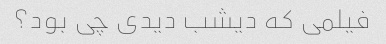
فیلمی که دیشب دیدی چی بود؟